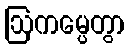
ဩကမ္ပေတွာ